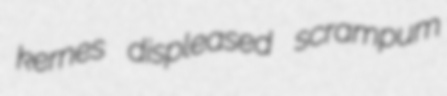
kernes displeased scrampum